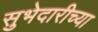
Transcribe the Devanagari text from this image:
सुभेदारीच्या